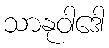
သာနုဝါဒေါ